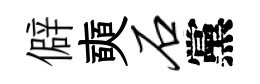
僻奭石黨